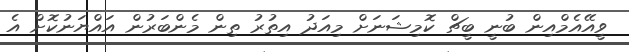
ވީއޭއެމްއިން ބުނީ ބީޗް ކޮމިޝަނަށް މިއަދު އިތުރު ތިން މެންބަރުން އައްޔަނުކޮށް އެ